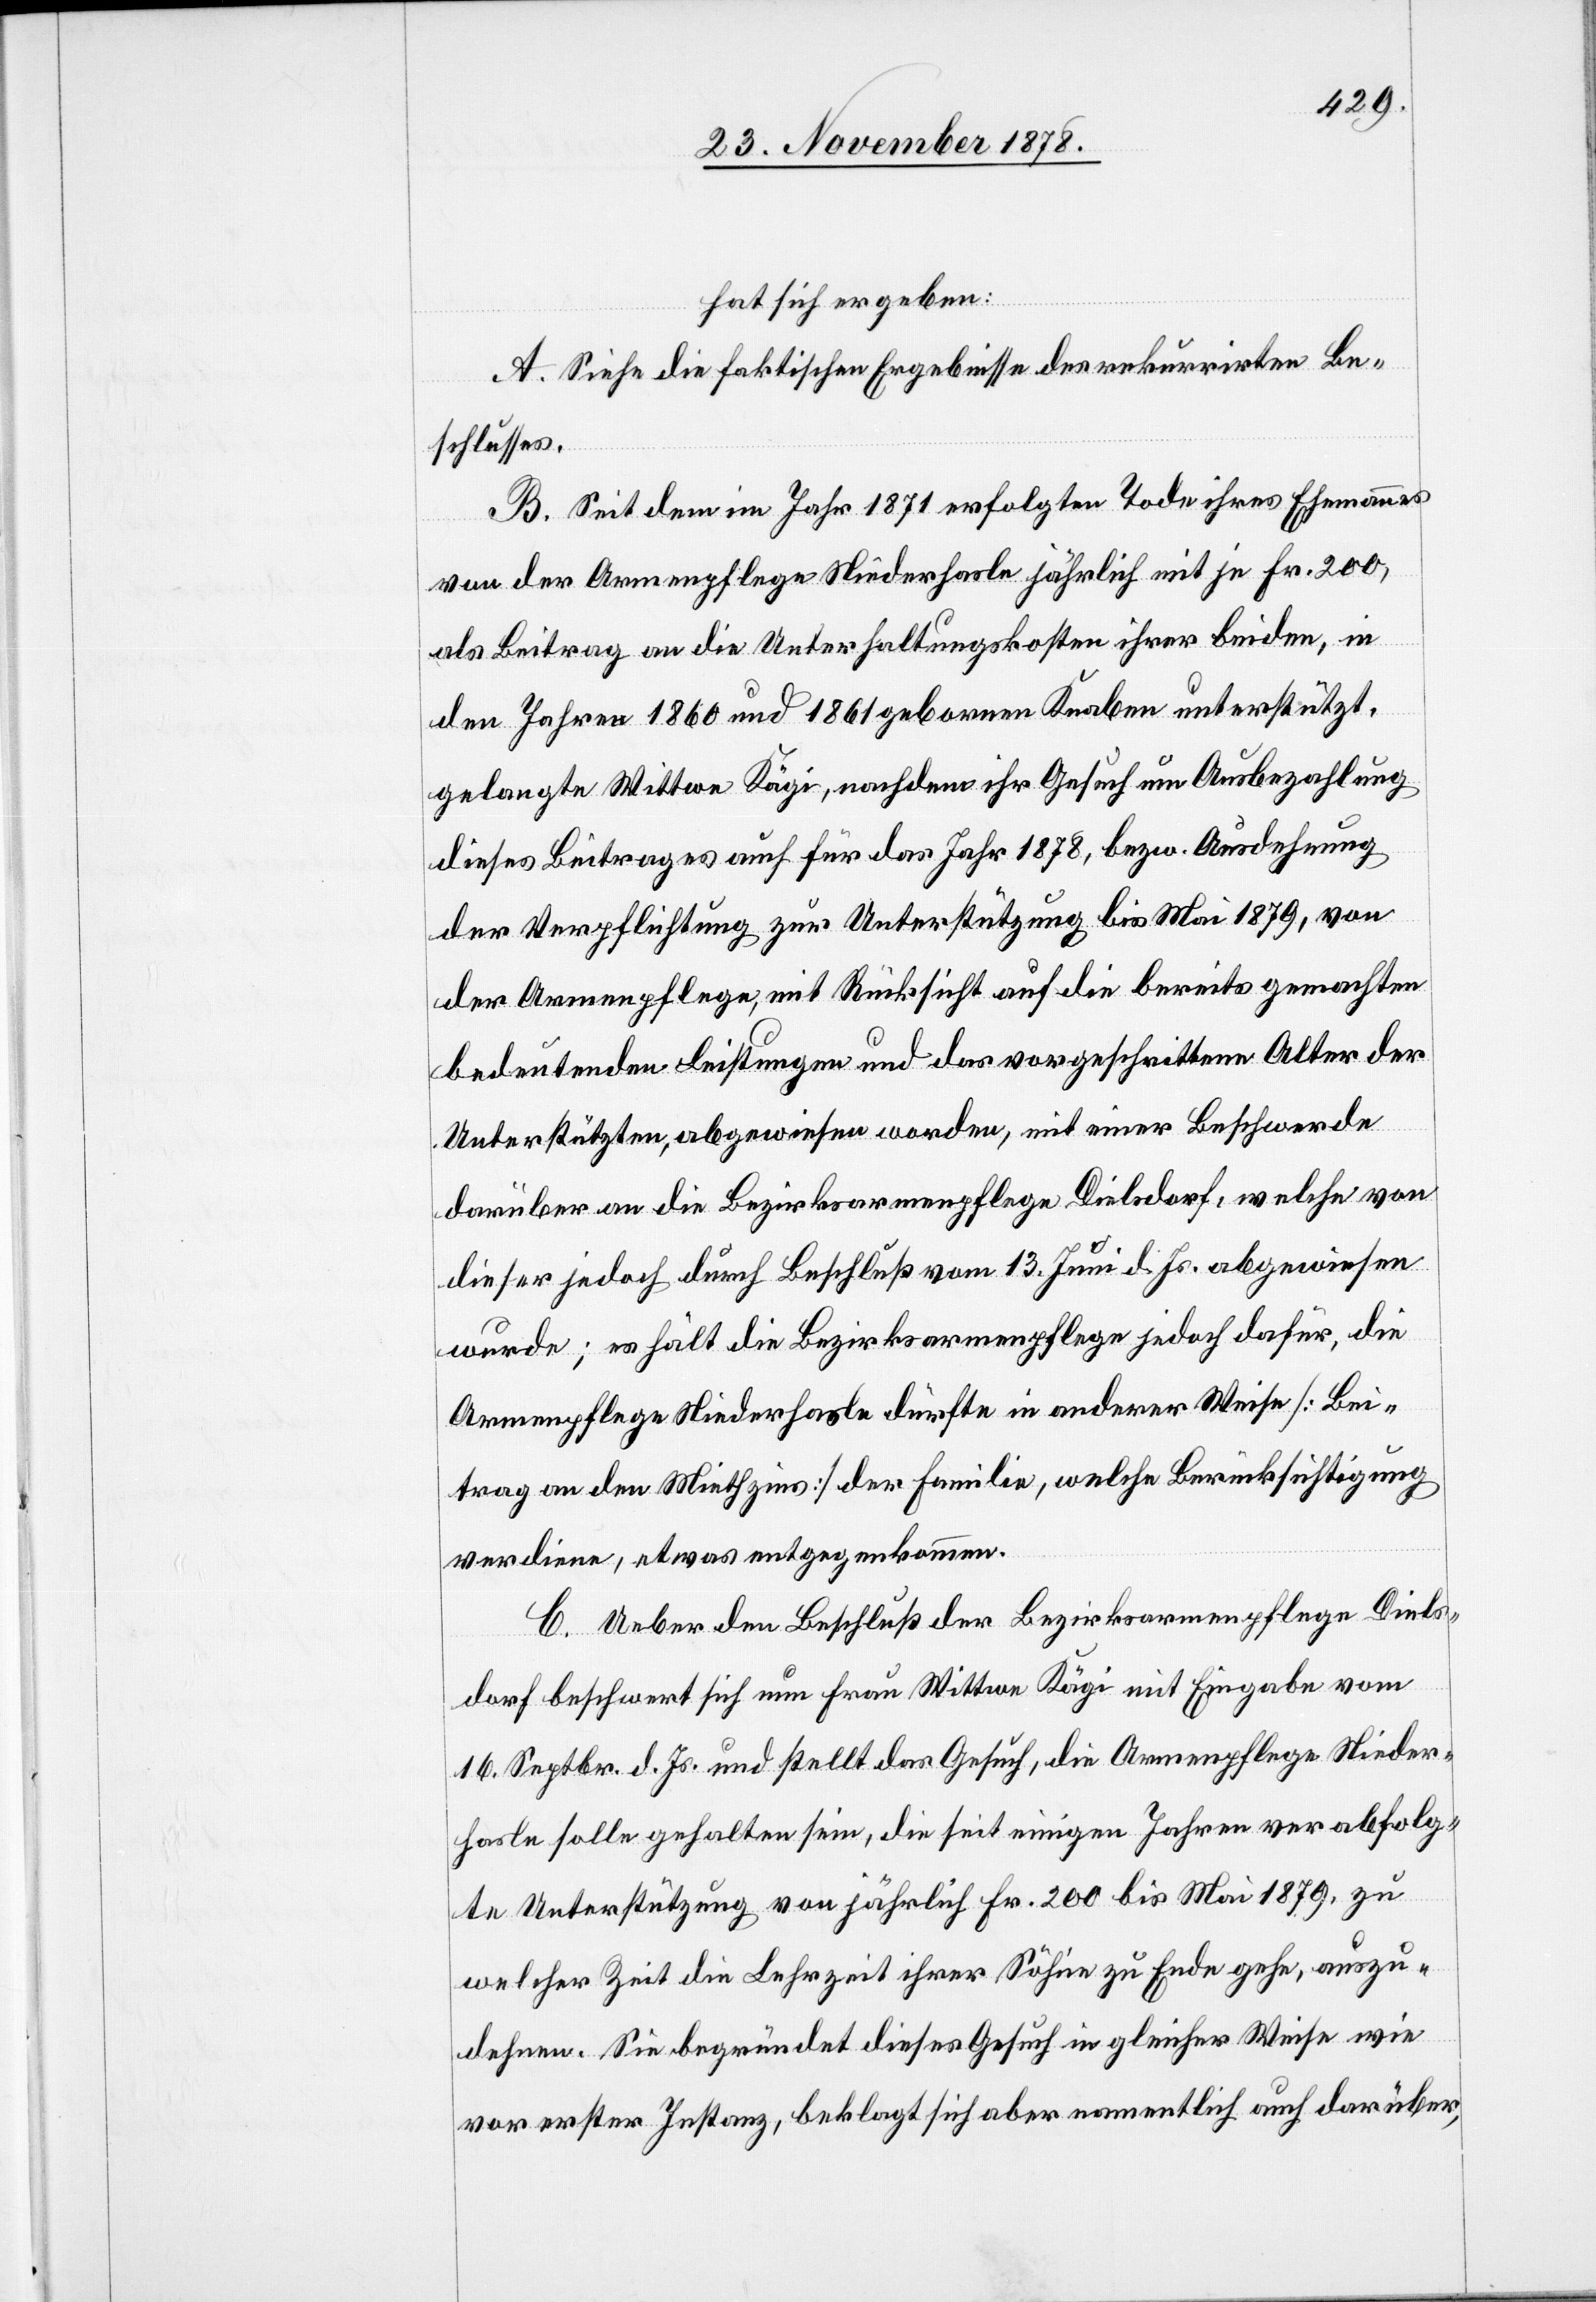
hat sich ergeben:
A. Siehe die faktischen Ergebnisse des rekurrirten Be¬
schlusses.
B. Seit dem im Jahr 1871 erfolgten Tode ihres Ehemannes
von der Armenpflege Niederhasle jährlich mit je Fr. 200,
als Beitrag an die Unterhaltungskosten ihrer beiden, in
den Jahren 1860 und 1861 geborenen Knaben unterstützt,
gelangte Wittwe Kägi, nachdem ihr Gesuch um Ausbezahlung
dieses Beitrages auch für das Jahr 1878, bezw. Ausdehnung
der Verpflichtung zur Unterstützung bis Mai 1879, von
der Armenpflege, mit Rücksicht auf die bereits gemachten
bedeutenden Leistungen und das vorgeschrittene Alter der
Unterstützten abgewiesen worden, mit einer Beschwerde
darüber an die Bezirksarmenpflege Dielsdorf, welche von
dieser jedoch durch Beschluß vom 13. Juni d. Js. abgewiesen
wurde; es hält die Bezirksarmenpflege jedoch dafür, die
Armenpflege Niederhasle dürfte in anderer Weise [Bei¬
trag an den Miethzins] der Familie, welche Berücksichtigung
verdiene, etwas entgegenkommen.
C. Ueber den Beschluß der Bezirksarmenpflege Diels¬
dorf beschwert sich nun Frau Wittwe Kägi mit Eingabe vom
16. Septbr. d. Js. und stellt das Gesuch, die Armenpflege Nieder¬
hasle solle gehalten sein, die seit einigen Jahren verabfolg¬
te Unterstützung von jährlich Fr. 200 bis Mai 1879, zu
welcher Zeit die Lehrzeit ihrer Söhne zu Ende gehe, auszu¬
dehnen. Sie begründet dieses Gesuch in gleicher Weise wie
vor erster Instanz, beklagt sich aber namentlich auch darüber,